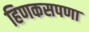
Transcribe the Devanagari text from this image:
हिणकसपणा